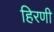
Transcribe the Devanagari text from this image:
हिरणी